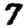
Digit: 7